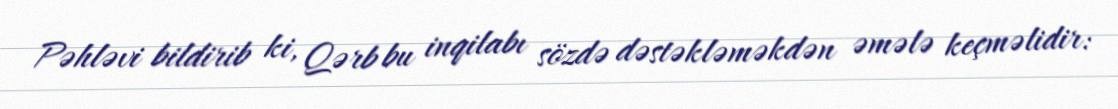
Pəhləvi bildirib ki, Qərb bu inqilabı sözdə dəstəkləməkdən əmələ keçməlidir: